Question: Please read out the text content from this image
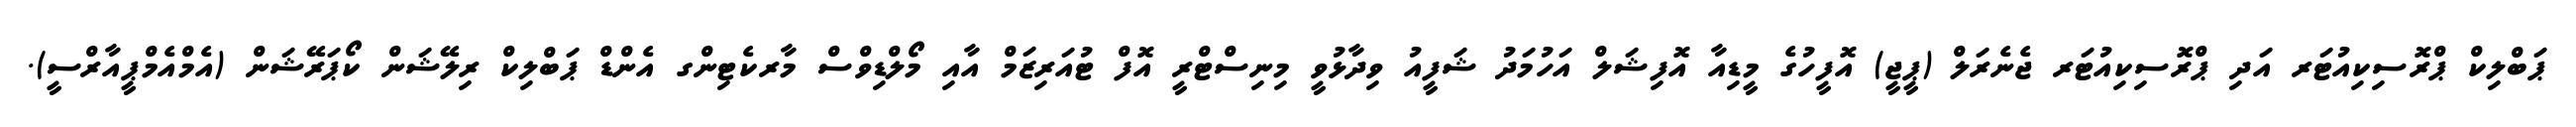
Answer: ޕަބްލިކް ޕްރޮސިކިއުޓަރ އަދި ޕްރޮސިކިއުޓަރ ޖެނެރަލް (ޕީޖީ) އޮފީހުގެ މީޑިއާ އޮފިޝަލް އަހުމަދު ޝަފީއު ވިދާޅުވީ މިނިސްޓްރީ އޮފް ޓުއަރިޒަމް އާއި މޯލްޑިވްސް މާރކެޓިންގ އެންޑް ޕަބްލިކް ރިލޭޝަން ކޯޕަރޭޝަން (އެމްއެމްޕީއާރްސީ).